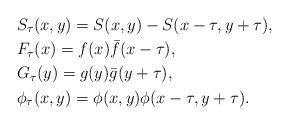
LaTeX: \begin{align*}&S_\tau(x,y) = S(x,y) -S(x-\tau,y+\tau), \\&F_\tau(x) = f(x)\bar f(x-\tau), \\&G_\tau(y) =g(y)\bar g(y+\tau), \\&\phi_\tau(x,y) = \phi(x,y)\phi(x-\tau,y+\tau). \end{align*}